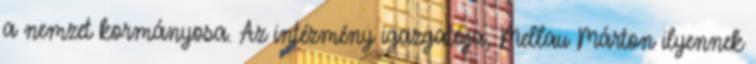
a nemzet kormányosa. Az intézmény igazgatója, Mellau Márton ilyennek